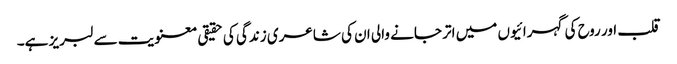
قلب اور روح کی گہرائیوں میں اتر جانے والی ان کی شاعری زندگی کی حقیقی معنویت سے لبریز ہے۔